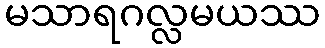
မသာရဂလ္လမယဿ